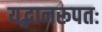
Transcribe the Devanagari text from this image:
यद्भानरूपतः